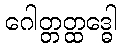
ဂေါတ္တတ္ထဒ္ဓေါ